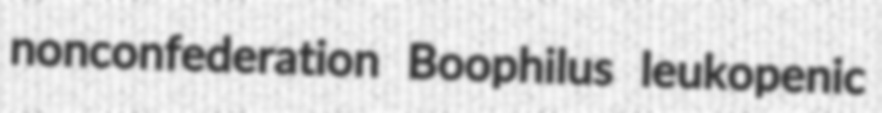
nonconfederation Boophilus leukopenic